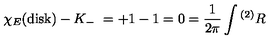
\chi _ { E } ( \mathrm { d i s k } ) - K _ { - } \ = + 1 - 1 = 0 = { \frac { 1 } { 2 \pi } } \int { } ^ { ( 2 ) } R